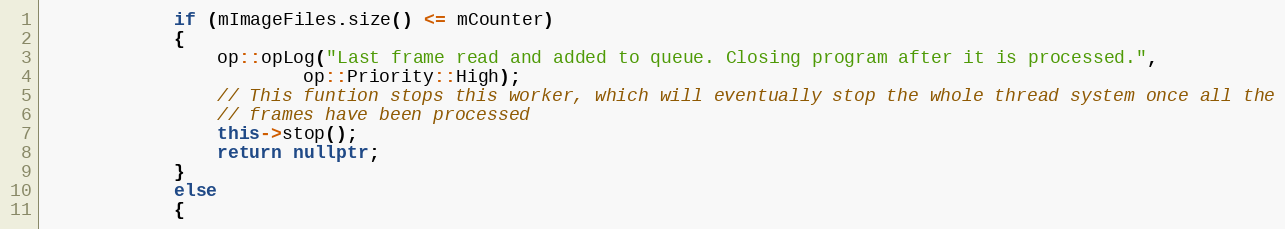
Language: C++
            if (mImageFiles.size() <= mCounter)
            {
                op::opLog("Last frame read and added to queue. Closing program after it is processed.",
                        op::Priority::High);
                // This funtion stops this worker, which will eventually stop the whole thread system once all the
                // frames have been processed
                this->stop();
                return nullptr;
            }
            else
            {